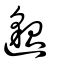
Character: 𨗿